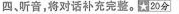
四、听音，将对话补充完整。20分